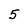
Character: 5